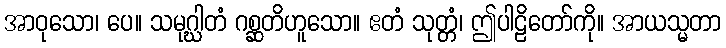
အာဝုသော၊ ပေ။ သမုဂ္ဃါတံ ဂစ္ဆတိဟူသော။ ဧတံ သုတ္တံ၊ ဤပါဠိတော်ကို။ အာယသ္မတာ